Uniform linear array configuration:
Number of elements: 12
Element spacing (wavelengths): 0.75
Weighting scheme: exponential
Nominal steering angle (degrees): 60
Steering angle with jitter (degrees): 59.497
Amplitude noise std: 0.05
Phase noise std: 0.05

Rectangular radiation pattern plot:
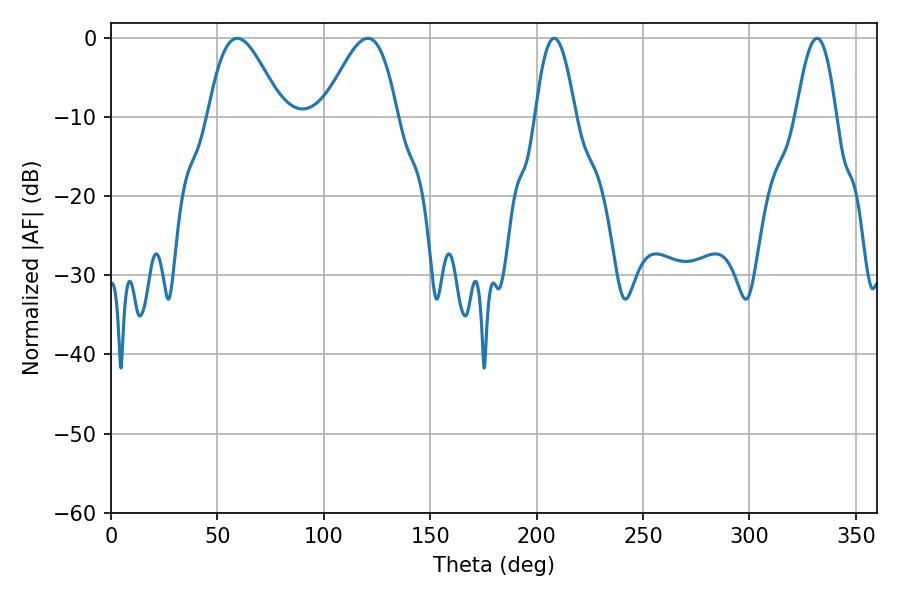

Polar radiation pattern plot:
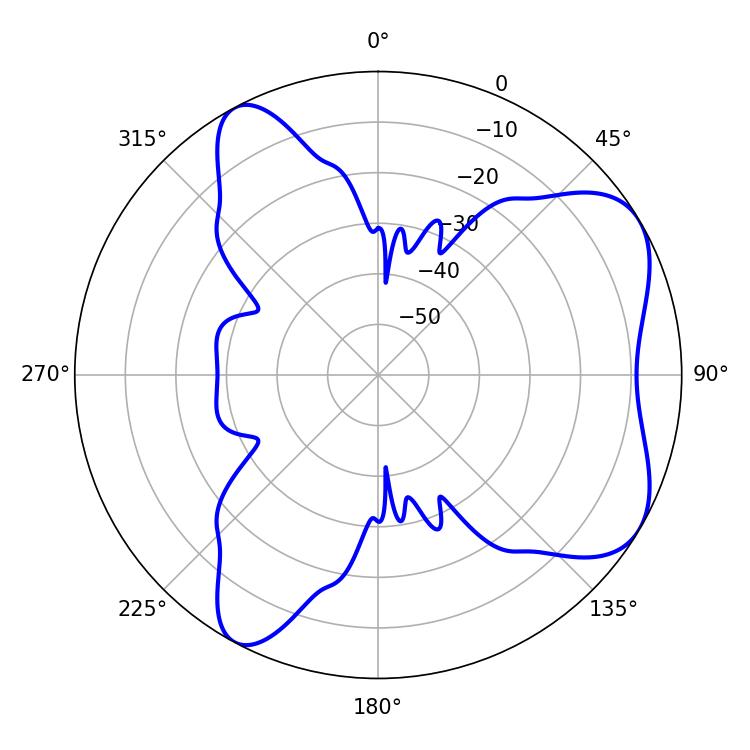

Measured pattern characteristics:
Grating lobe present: TRUE
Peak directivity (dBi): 6.303
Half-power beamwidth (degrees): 10.26
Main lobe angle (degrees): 208.26